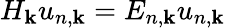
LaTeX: H_{\mathbf{k}}u_{n,\mathbf{k}}=E_{n,\mathbf{k}}u_{n,\mathbf{k}}